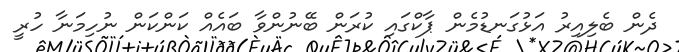
ދެން ބެލިއިރު އަޅުގަނޑުމެން ޕާކްގައި ކުރަން ބޭނުންވާ ބައެއް ކަންކަން ނުހިމަނާ ހުރީ